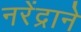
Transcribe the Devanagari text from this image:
नरेंद्राने